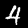
Label: 4